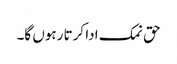
حق نمک ادا کرتا رہوں گا۔